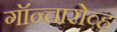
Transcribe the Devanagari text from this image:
गॉन्चारोव्ह